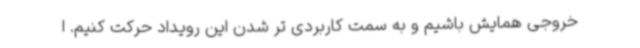
خروجی همایش باشیم و به سمت کاربردی تر شدن این رویداد حرکت کنیم. ا